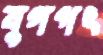
যুগপৎ